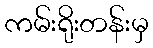
ကမ်းရိုးတန်းမှ